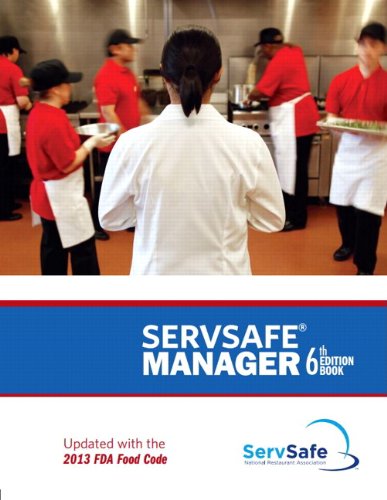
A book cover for ServSafe Manager, Revised with ServSafe Online Exam Voucher (6th Edition); National Restaurant Association; Business & Money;